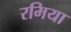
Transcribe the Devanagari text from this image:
रमिया